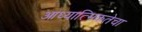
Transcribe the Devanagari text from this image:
आध्यात्मिकतेचा